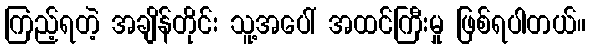
ကြည့်ရတဲ့ အချိန်တိုင်း သူ့အပေါ် အထင်ကြီးမှု ဖြစ်ရပါတယ်။